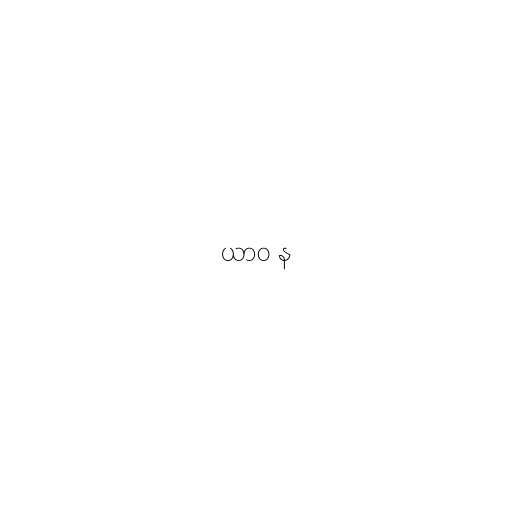
ယာဝ န